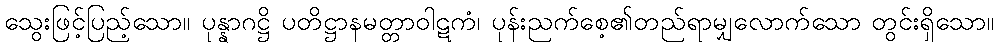
သွေးဖြင့်ပြည့်သော။ ပုန္နာဂဋ္ဌိ ပတိဋ္ဌာနမတ္တာဝါဋကံ၊ ပုန်းညက်စေ့၏တည်ရာမျှလောက်သော တွင်းရှိသော။